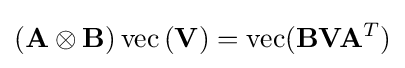
\left(\mathbf {A} \otimes \mathbf {B} \right)\operatorname {vec} \left(\mathbf {V} \right)=\operatorname {vec} (\mathbf {B} \mathbf {V} \mathbf {A} ^{T})